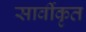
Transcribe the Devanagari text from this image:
सार्वीकृत